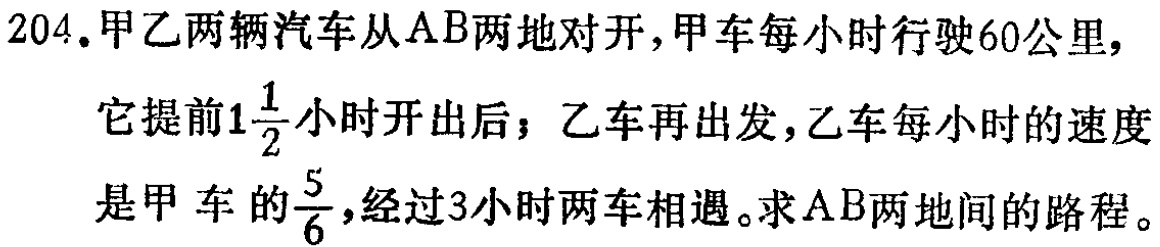
204.甲乙两辆汽车从AB两地对开，甲车每小时行驶60公里，它提前$1\frac{1}{2}$小时开出后，乙车再出发，乙车每小时的速度是甲车的$\frac{5}{6}$，经过3小时两车相遇。求AB两地间的路程。